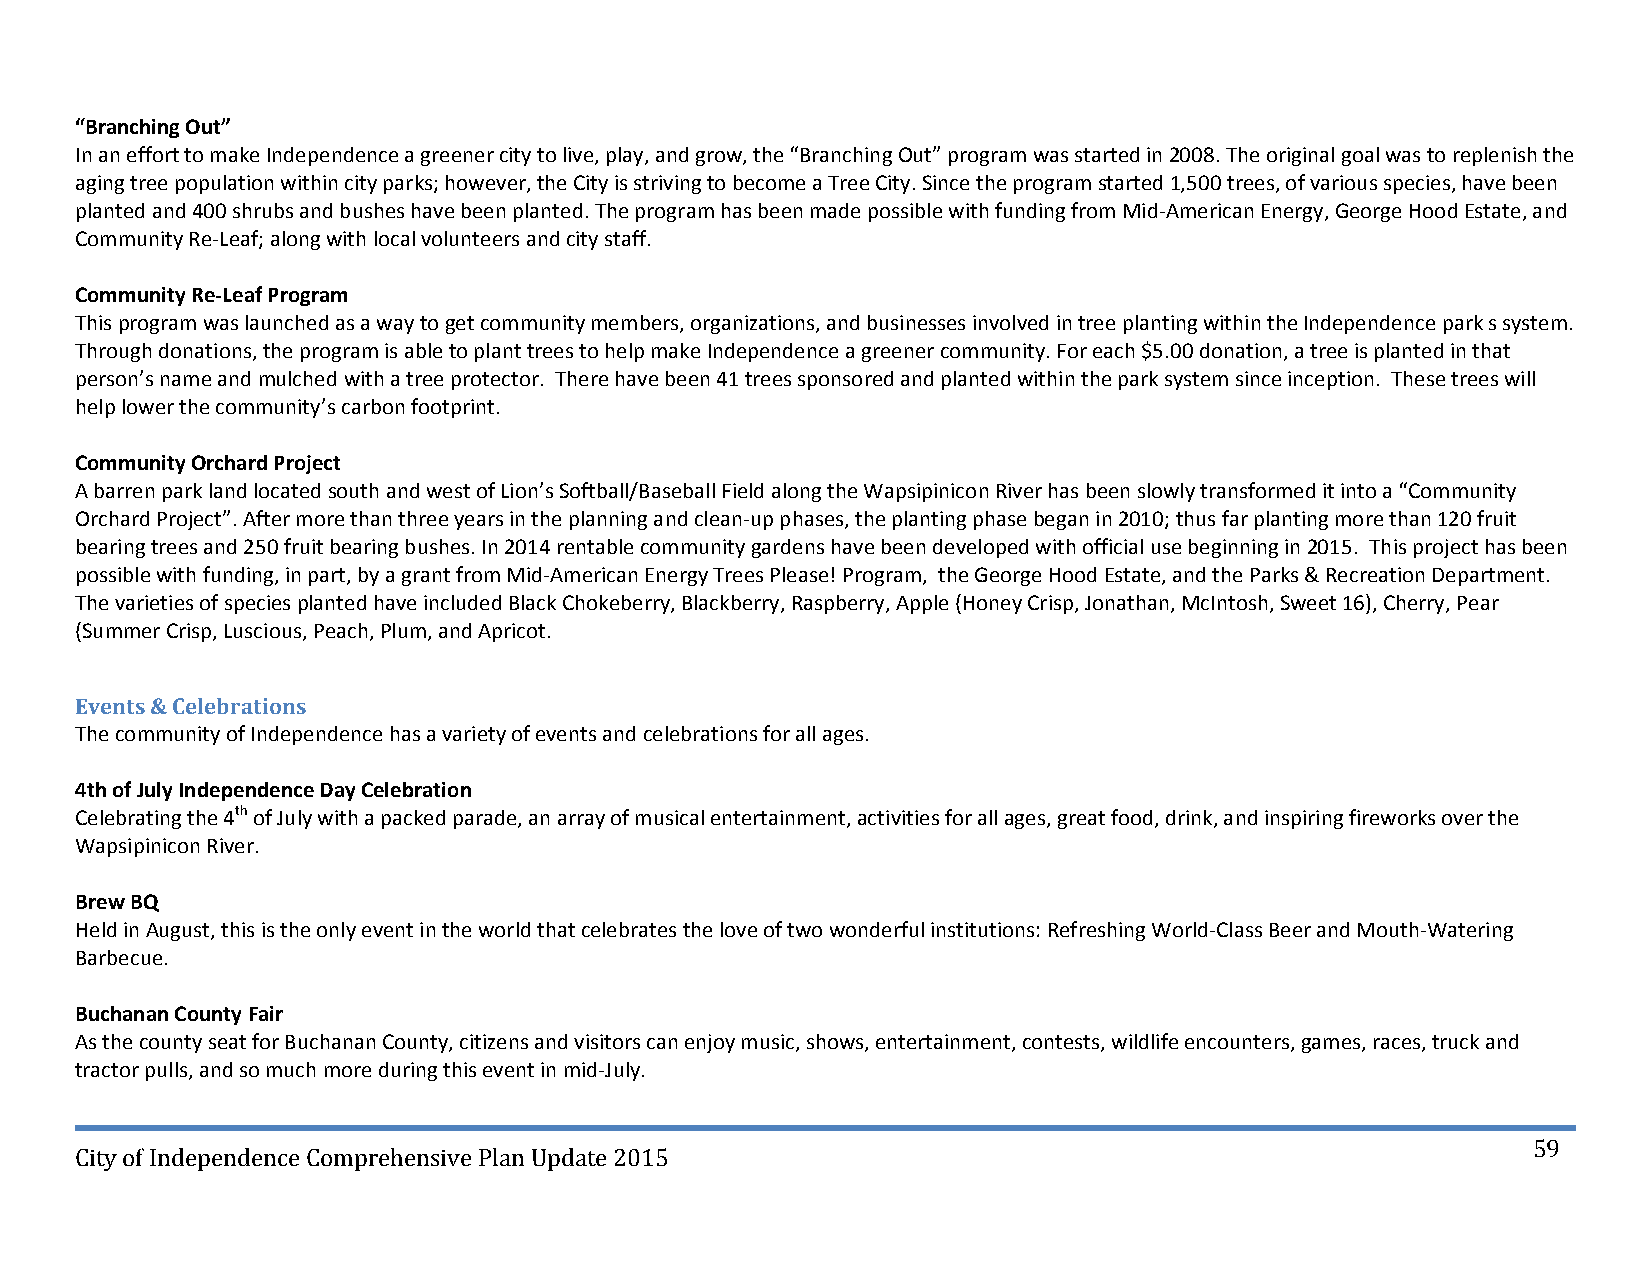
“Branching Out”
 In an effort to make Independence a greener city to live, play, and grow, the “Branching Out” program was started in 2008. The original goal was to replenish the
 aging tree population within city parks; however, the City is striving to become a Tree City. Since the program started 1,500 trees, of various species, have been
 planted and 400 shrubs and bushes have been planted. The program has been made possible with funding from Mid‐American Energy, George Hood Estate, and
 Community Re‐Leaf; along with local volunteers and city staff.
 Community Re‐Leaf Program
 This program was launched as a way to get community members, organizations, and businesses involved in tree planting within the Independence park s system.
 Through donations, the program is able to plant trees to help make Independence a greener community. For each $5.00 donation, a tree is planted in that
 person’s name and mulched with a tree protector. There have been 41 trees sponsored and planted within the park system since inception. These trees will
 help lower the community’s carbon footprint.
 Community Orchard Project
 A barren park land located south and west of Lion’s Softball/Baseball Field along the Wapsipinicon River has been slowly transformed it into a “Community
 Orchard Project”. After more than three years in the planning and clean‐up phases, the planting phase began in 2010; thus far planting more than 120 fruit
 bearing trees and 250 fruit bearing bushes. In 2014 rentable community gardens have been developed with official use beginning in 2015. This project has been
 possible with funding, in part, by a grant from Mid‐American Energy Trees Please! Program, the George Hood Estate, and the Parks & Recreation Department.
 The varieties of species planted have included Black Chokeberry, Blackberry, Raspberry, Apple (Honey Crisp, Jonathan, McIntosh, Sweet 16), Cherry, Pear
 (Summer Crisp, Luscious, Peach, Plum, and Apricot.
 Events & Celebrations
 The community of Independence has a variety of events and celebrations for all ages.
 4th of July Independence Day Celebration
 Celebrating the 4th of July with a packed parade, an array of musical entertainment, activities for all ages, great food, drink, and inspiring fireworks over the
 Wapsipinicon River.
 Brew BQ
 Held in August, this is the only event in the world that celebrates the love of two wonderful institutions: Refreshing World‐Class Beer and Mouth‐Watering
 Barbecue.
 Buchanan County Fair
 As the county seat for Buchanan County, citizens and visitors can enjoy music, shows, entertainment, contests, wildlife encounters, games, races, truck and
 tractor pulls, and so much more during this event in mid‐July.
 59
 City of Independence Comprehensive Plan Update 2015